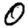
Digit: 0